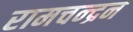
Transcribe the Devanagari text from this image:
रामचन्‍द्रन